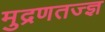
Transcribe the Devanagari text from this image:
मुद्रणतज्ज्ञ